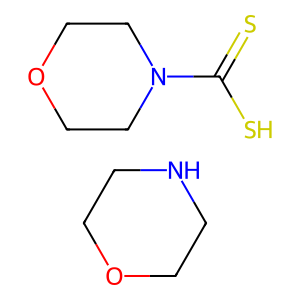
SMILES: C1COCCN1.S=C(S)N1CCOCC1
Inhibits HIV replication: No